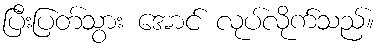
ပြီးပြတ်သွား အောင် လုပ်လိုက်သည်။